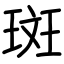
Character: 斑